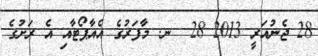
28 ޖެނުއަރީ 2013 28  ނ. މާފަރުގެ އެއާޕޯޓާއި އެ ރަށުގެ